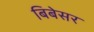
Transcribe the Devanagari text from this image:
बिबेसर